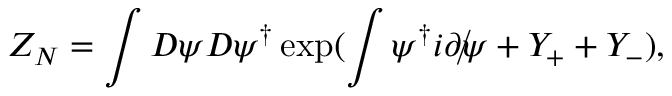
Z _ { N } = \int D \psi D \psi ^ { \dagger } \exp ( \int \psi ^ { \dagger } i \rlap { / } { \partial } \psi + Y _ { + } + Y _ { - } ) ,